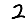
Digit: 2